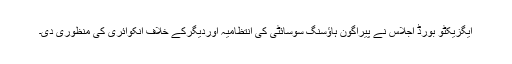
ایگزیکٹو بورڈ اجلاس نے پیراگون ہاﺅسنگ سوسائٹی کی انتظامیہ اوردیگرکے خلاف انکوائری کی منظوری دی۔